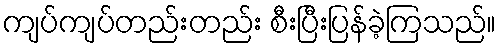
ကျပ်ကျပ်တည်းတည်း စီးပြီးပြန်ခဲ့ကြသည်။